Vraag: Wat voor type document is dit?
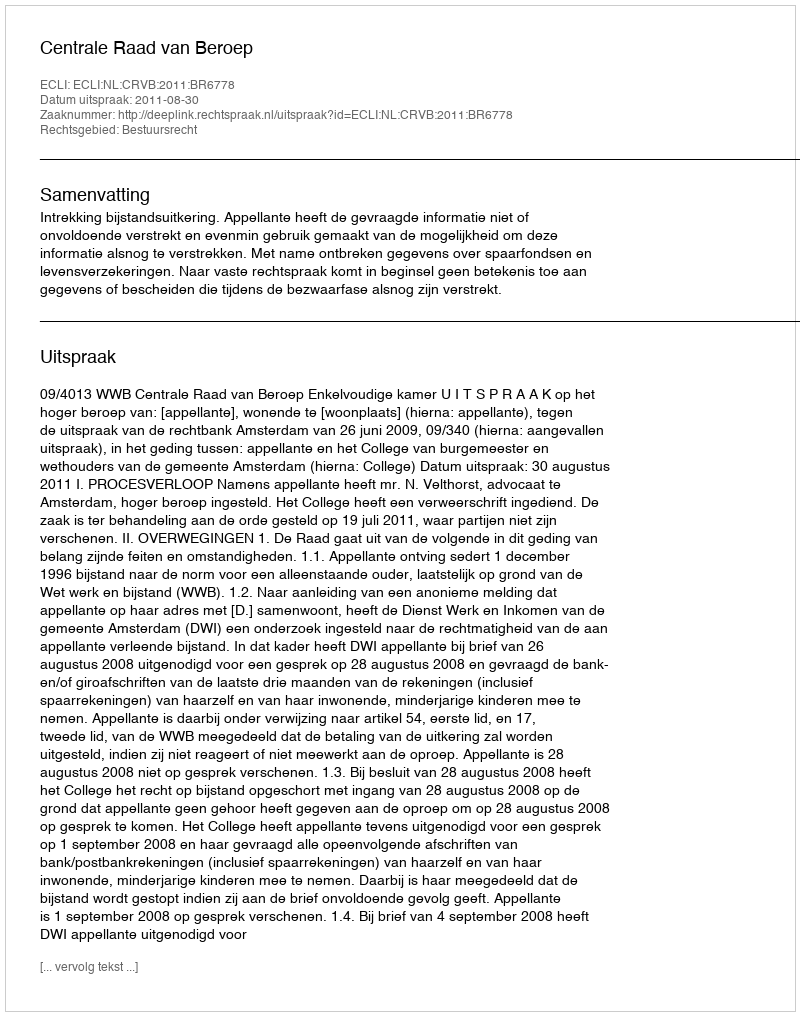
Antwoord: Uitspraak